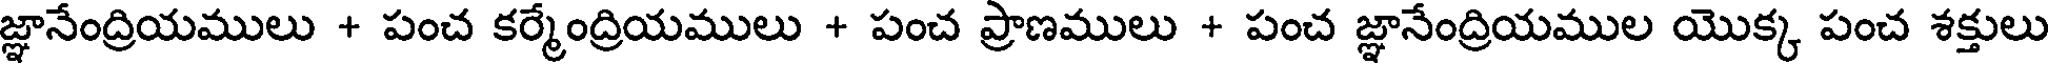
జ్ఞానేంద్రియములు + పంచ కర్మేంద్రియములు + పంచ ప్రాణములు + పంచ జ్ఞానేంద్రియముల యొక్క పంచ శక్తులు